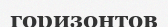
горизонтов